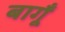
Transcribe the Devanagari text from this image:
बागूँ